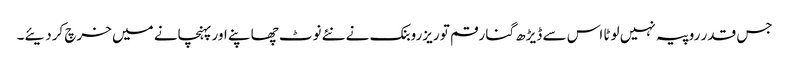
جس قدر روپیہ نہیں لوٹا اس سے ڈیڑھ گنا رقم تو ریزروبنک نے نئے نوٹ چھاپنے اور پہنچانے میں خرچ کردیئے۔